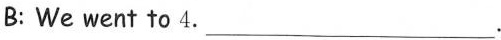
B: We went to 4.___.